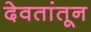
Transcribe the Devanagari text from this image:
देवतांतून